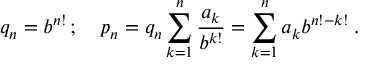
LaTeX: q _ { n } = b ^ { n ! } \, ; \quad p _ { n } = q _ { n } \sum _ { k = 1 } ^ { n } { \frac { a _ { k } } { b ^ { k ! } } } = \sum _ { k = 1 } ^ { n } { a _ { k } } { b ^ { n ! - k ! } } \; .